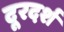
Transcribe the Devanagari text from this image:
दूरदर्श